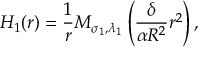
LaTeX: H _ { 1 } ( r ) = \frac { 1 } { r } M _ { \sigma _ { 1 } , \lambda _ { 1 } } \left( \frac { \delta } { \alpha R ^ { 2 } } r ^ { 2 } \right) ,